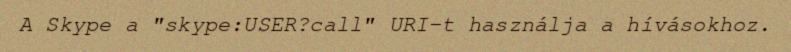
A Skype a "skype:USER?call" URI-t használja a hívásokhoz.